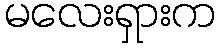
မလေးရှားက